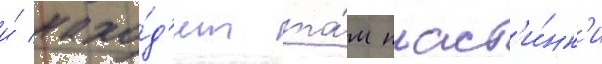
и́ нахо́д'ит та́м пласт'и́нк'и